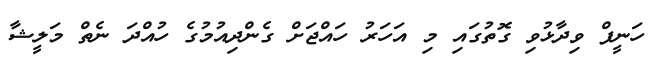
ހަނީފް ވިދާޅުވި ގޮތުގައި މި އަހަރު ހައްޖަށް ގެންދިއުމުގެ ހުއްދަ ނެތް މަލީޝާ